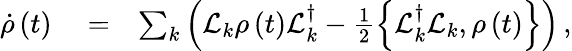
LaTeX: \begin{array}{rlr}{\dot{\rho}\left(t\right)}&{{}=}&{\sum_{k}\left(\mathcal{L}_{k}\rho\left(t\right)\mathcal{L}_{k}^{\dagger}-\frac{1}{2}\left\{ \mathcal{L}_{k}^{\dagger}\mathcal{L}_{k},\rho\left(t\right)\right\} \right)\, ,}\end{array}